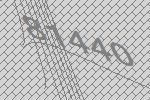
81440